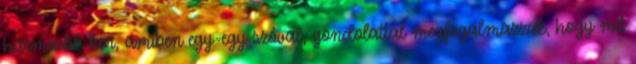
harmadik kör, amiben egy-egy szóval, gondolattal megfogalmazzuk, hogy mit